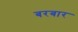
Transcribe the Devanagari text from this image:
बरबार